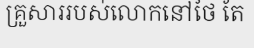
គ្រួសាររបស់លោកនៅថៃ តែ